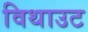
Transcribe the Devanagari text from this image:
विथाउट